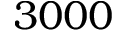
3 0 0 0